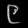
Digit: ၉